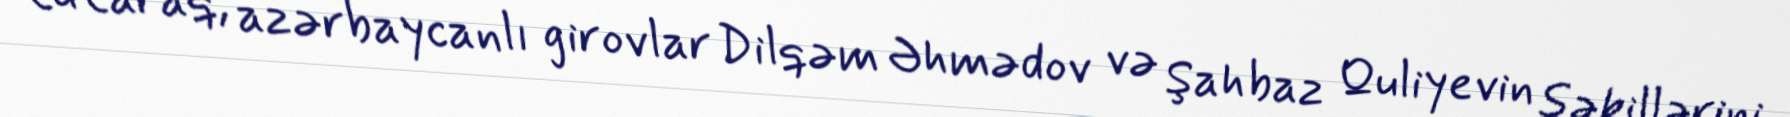
tutaraq, azərbaycanlı girovlar Dilqəm Əhmədov və Şahbaz Quliyevin şəkillərini